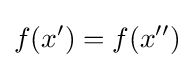
f(x')=f(x'')